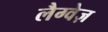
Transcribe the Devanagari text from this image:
लैग्वेज़